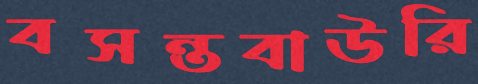
বসন্তবাউরি